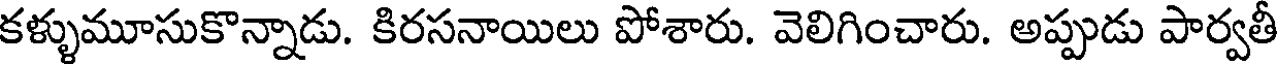
కళ్ళుమూసుకొన్నాడు. కిరసనాయిలు పోశారు. వెలిగించారు. అప్పుడు పార్వతీ